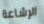
الإشاعة